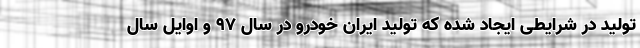
تولید در شرایطی ایجاد شده که تولید ایران خودرو در سال ۹۷ و اوایل سال